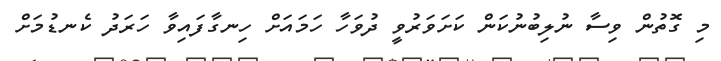
މި ގޮތުން ވިސާ ނުލިބުނުކަން ކަށަވަރުވީ ދުވަހާ ހަމައަށް ހިނގާފައިވާ ހަރަދު ކެނޑުމަށް